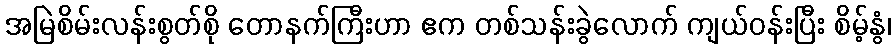
အမြဲစိမ်းလန်းစွတ်စို တောနက်ကြီးဟာ ဧက တစ်သန်းခွဲလောက် ကျယ်ဝန်းပြီး စိမ့်နွံ၊